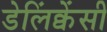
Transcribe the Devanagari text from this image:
डेलिंक्वेंसी